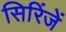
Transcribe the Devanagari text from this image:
सिरिंजें